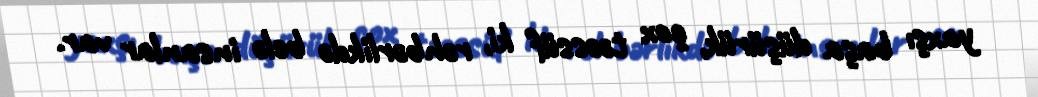
yaxşı başa düşürük, çox təəssüf ki, rəhbərlikdə belə insanlar var.